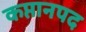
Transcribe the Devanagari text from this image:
कप्तानपद